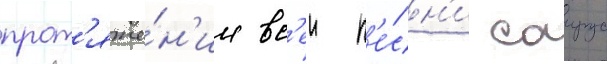
прот'яже́н'ии вс'еи п'е́сн'и саирус